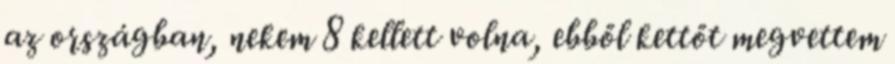
az országban, nekem 8 kellett volna, ebből kettőt megvettem